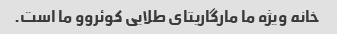
خانه ویژه ما مارگاریتای طلایی کوئروو ما است.